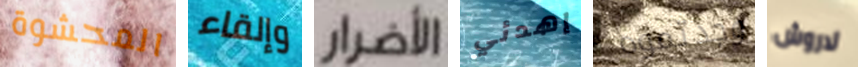
المحشوة وإلقاء الأضرار إهدئي وجدتموه لاروش